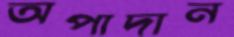
অপাদান